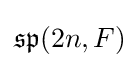
{\mathfrak {sp}}(2n,F)